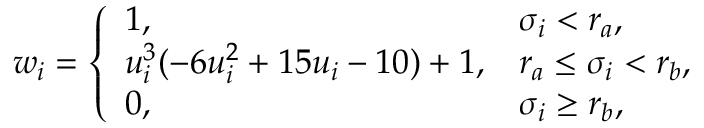
w _ { i } = \left\{ \begin{array} { l l } { 1 , } & { \sigma _ { i } < r _ { a } , } \\ { u _ { i } ^ { 3 } ( - 6 u _ { i } ^ { 2 } + 1 5 u _ { i } - 1 0 ) + 1 , } & { r _ { a } \leq \sigma _ { i } < r _ { b } , } \\ { 0 , } & { \sigma _ { i } \geq r _ { b } , } \end{array} \right.